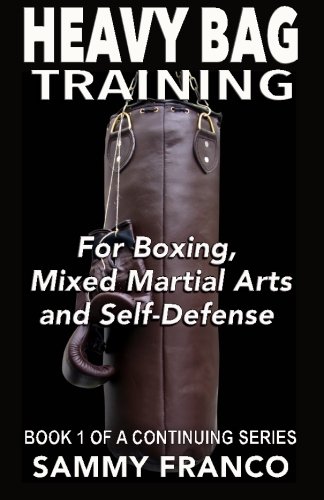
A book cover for Heavy Bag Training: Boxing - Mixed Martial Arts - Self Defense (Heavy Bag Training Series) (Volume 1); Sammy Franco; Sports & Outdoors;